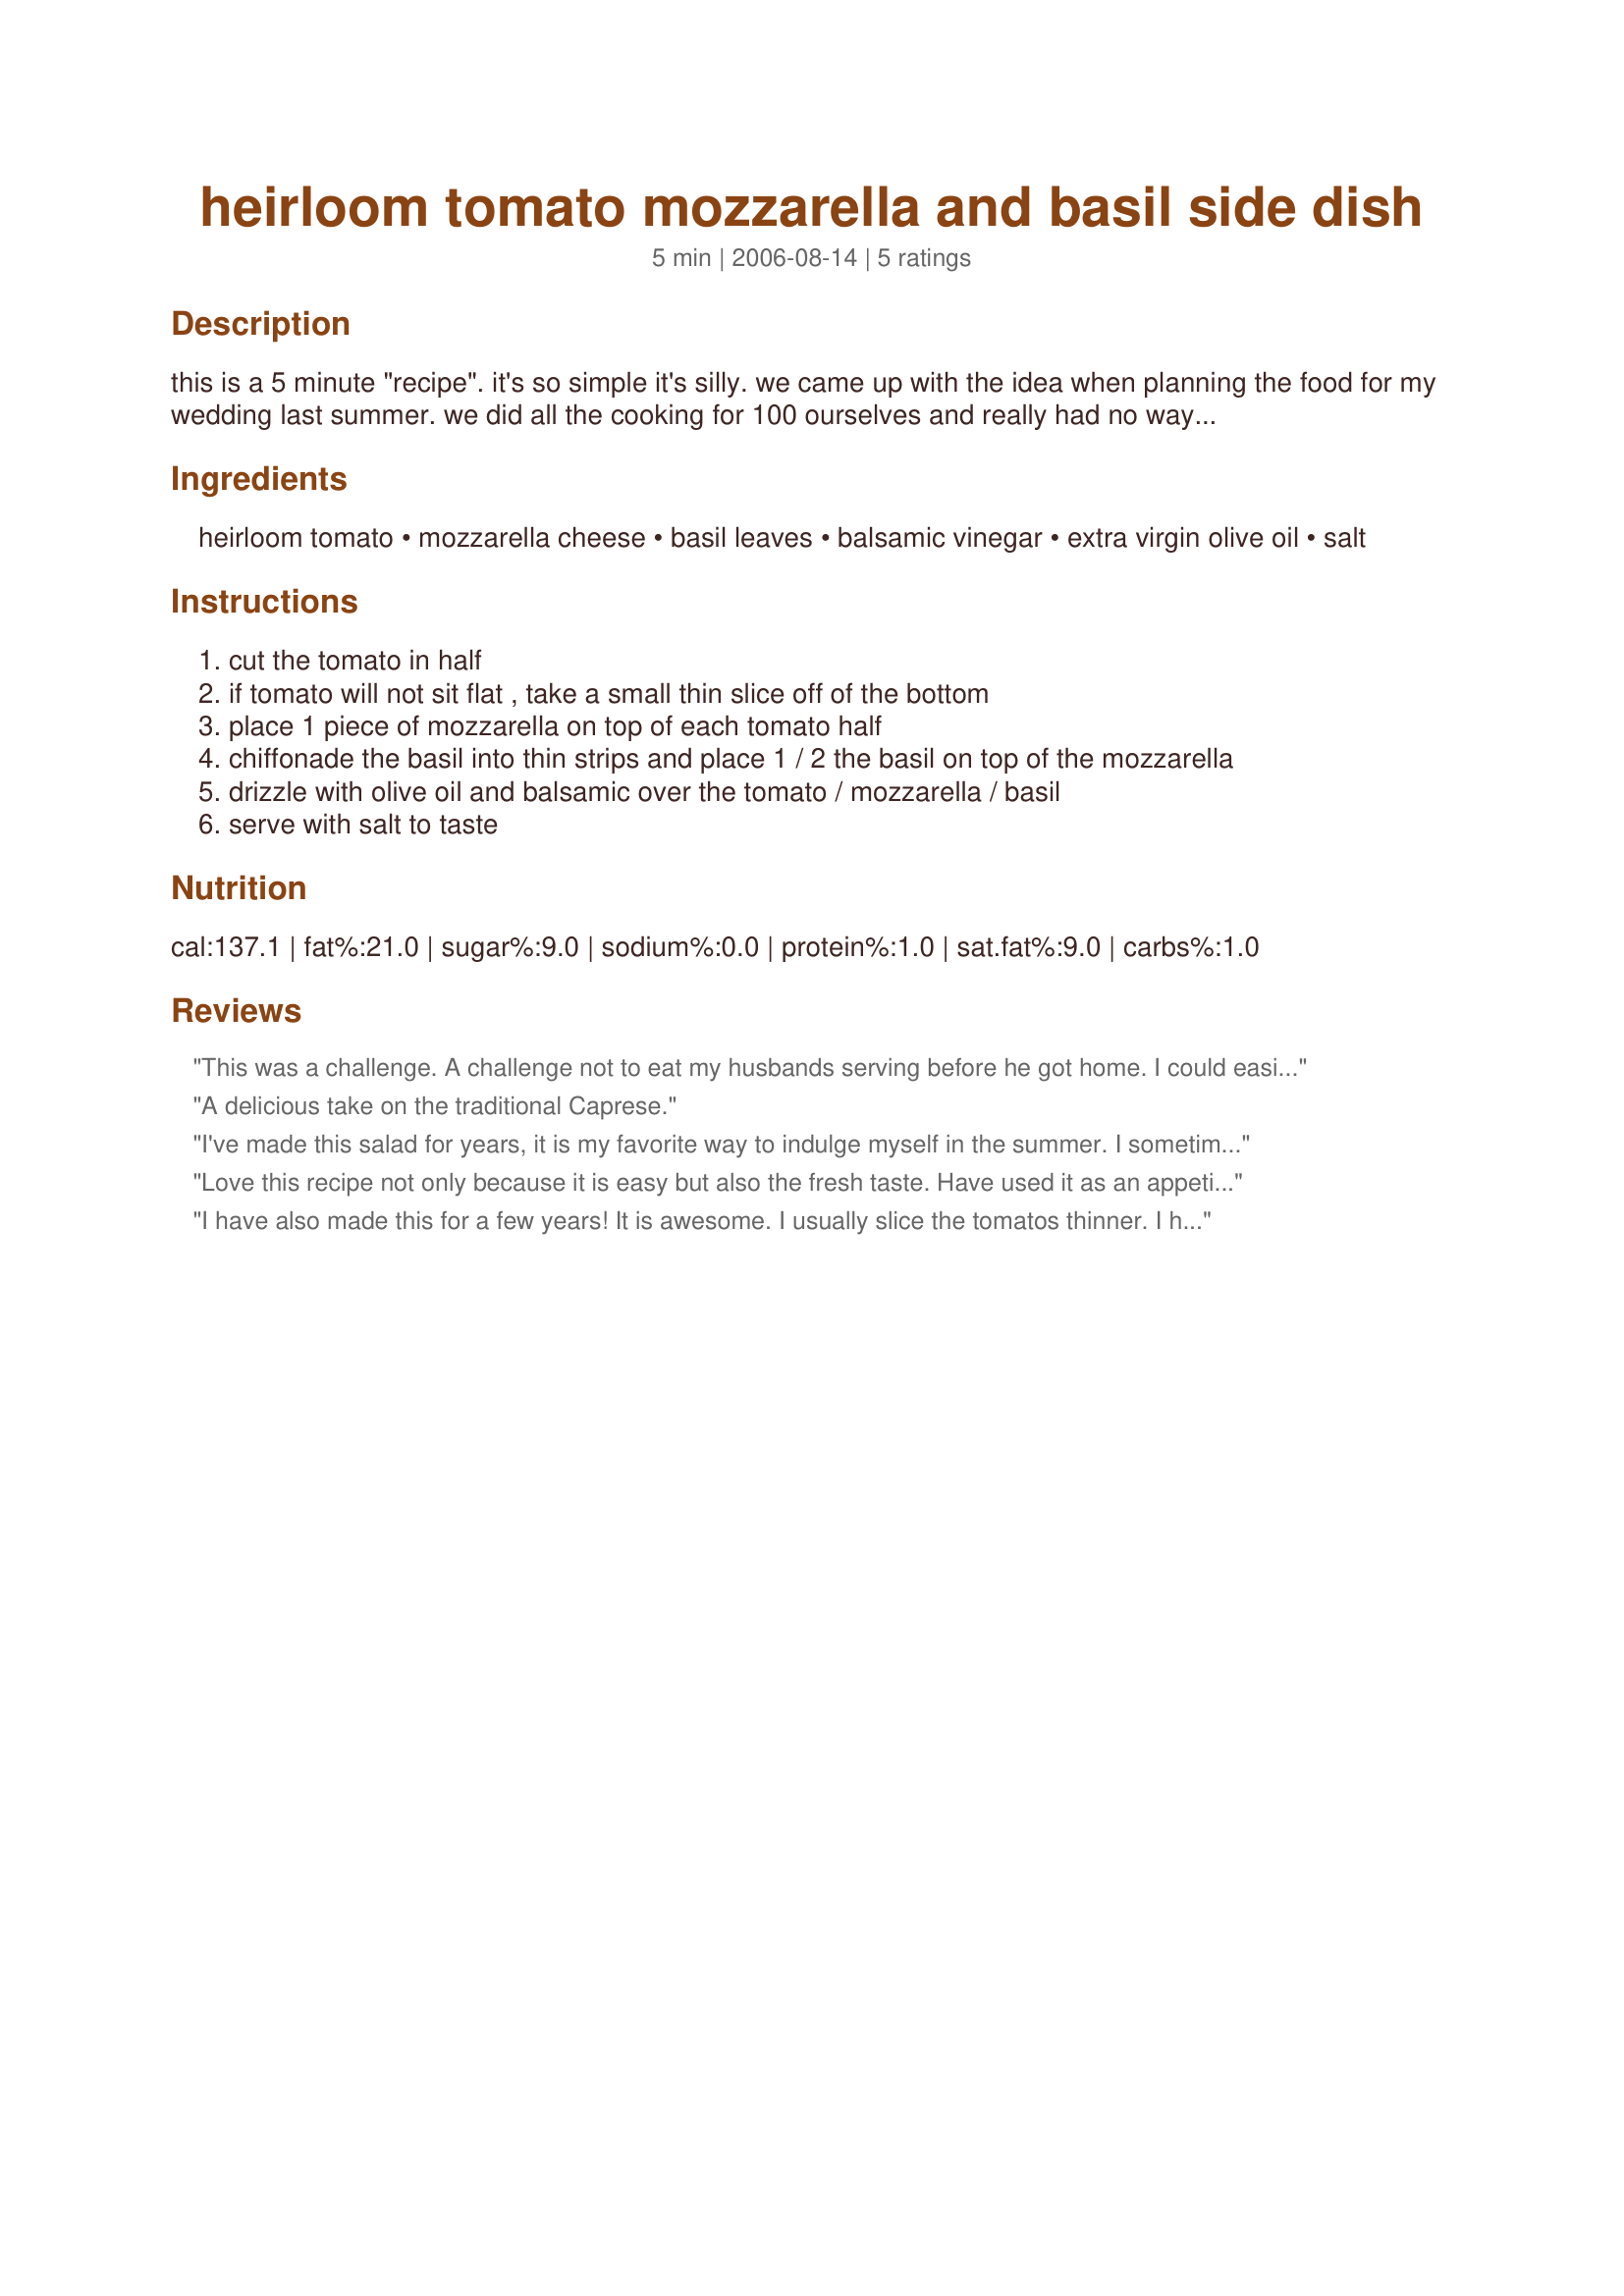
heirloom tomato mozzarella and basil side dish
Preparation time: 5 minutes

this is a 5 minute "recipe". it's so simple it's silly. we came up with the idea when planning the food for my wedding last summer. we did all the cooking for 100 ourselves and really had no way to use my stove on the big day. everything we served, except the salmon on the outdoor bbq, was a cold dish. the challenge we had was coming up with a vegetable "side" dish, that wasn't a salad to go with the salmon. this was the perfect answer. it was a huge hit. i think the key was using fabulous heirloom tomatoes, if you can't get heirlooms, use the best tastiest tomatoes you can. using "buffalo mozzarella" is great if you have it. this recipe is just for 2 servings...it's obviously easy to adjust! you do need a knife and fork for this. enjoy!!

Ingredients:
heirloom tomato, mozzarella cheese, basil leaves, balsamic vinegar, extra virgin olive oil, salt

Steps:
cut the tomato in half
if tomato will not sit flat , take a small thin slice off of the bottom
place 1 piece of mozzarella on top of each tomato half
chiffonade the basil into thin strips and place 1 / 2 the basil on top of the mozzarella
drizzle with olive oil and balsamic over the tomato / mozzarella / basil
serve with salt to taste

Reviews:
This was a challenge. A challenge not to eat my husbands serving before he got home. I could easily just eat this all day. Nothing else, just tomato, mozzarella, oil and vinegar and basil. This showcases summer at it's best, and in the winter reminds you what summer is all about. Easy as a pickle to put together, probably less then 5 minutes. Be sure to use fresh, you will be so happy you did. Thank you Mrs. Goodall for your very nice recipe. *Aussie/NZ recipe swap*
A delicious take on the traditional Caprese.
I've made this salad for years, it is my favorite way to indulge myself in the summer. I sometimes add just a little fresh pressed garlic too, not too much 'cause I don't like to overpower the other flavors. It is heaven on a fork
Love this recipe not only because it is easy but also the fresh taste. Have used it as an appetizer, starter, side dish, etc. The only thing I add is freshly ground black pepper. Thanks for sumbitting Mrs. Goodall. Liz
I have also made this for a few years! It is awesome. I usually slice the tomatos thinner. I have even chopped the tomatos and shredded the mozzarella and I usually add a little garlic. The key is using a great tomato!
